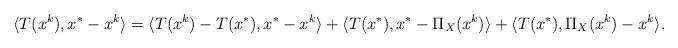
LaTeX: \begin{align*}\langle T(x^k),x^*-x^k\rangle=\langle T(x^k)-T(x^*),x^*-x^k\rangle+\langle T(x^*),x^*-\Pi_X(x^k)\rangle+\langle T(x^*),\Pi_X(x^k)-x^k\rangle.\end{align*}